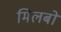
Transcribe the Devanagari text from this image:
मिलबो